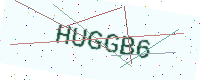
Text: HUGGB6